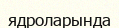
ядроларында